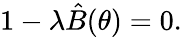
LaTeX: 1-\lambda\hat{B}(\theta)=0.